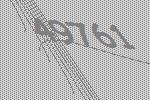
49761